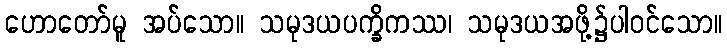
ဟောတော်မူ အပ်သော။ သမုဒယပက္ခိကဿ၊ သမုဒယအဖို့၌ပါဝင်သော။